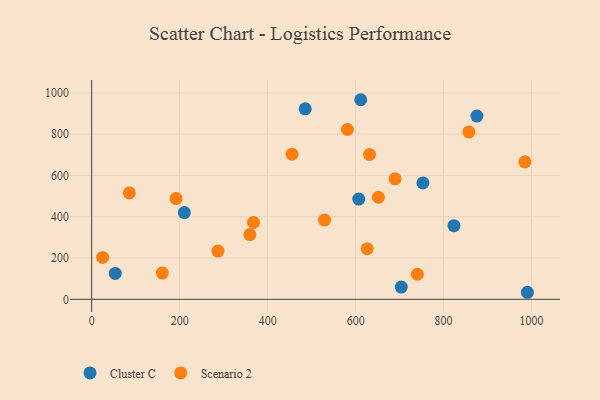
{"axis": {"x": "Investment", "y": "Demand"}, "legend": ["Cluster C", "Scenario 2"], "data": [{"x": "611.6", "y": 967.0, "type": "Cluster C"}, {"x": "210.7", "y": 420.1, "type": "Cluster C"}, {"x": "753.0", "y": 563.7, "type": "Cluster C"}, {"x": "990.4", "y": 34.1, "type": "Cluster C"}, {"x": "823.5", "y": 356.8, "type": "Cluster C"}, {"x": "607.1", "y": 485.6, "type": "Cluster C"}, {"x": "703.8", "y": 59.3, "type": "Cluster C"}, {"x": "875.7", "y": 888.0, "type": "Cluster C"}, {"x": "53.7", "y": 125.6, "type": "Cluster C"}, {"x": "485.4", "y": 923.0, "type": "Cluster C"}, {"x": "191.8", "y": 488.0, "type": "Scenario 2"}, {"x": "455.5", "y": 703.0, "type": "Scenario 2"}, {"x": "24.9", "y": 202.8, "type": "Scenario 2"}, {"x": "740.4", "y": 121.5, "type": "Scenario 2"}, {"x": "984.8", "y": 666.2, "type": "Scenario 2"}, {"x": "359.6", "y": 313.6, "type": "Scenario 2"}, {"x": "689.8", "y": 583.6, "type": "Scenario 2"}, {"x": "287.0", "y": 233.5, "type": "Scenario 2"}, {"x": "367.9", "y": 372.6, "type": "Scenario 2"}, {"x": "631.6", "y": 701.6, "type": "Scenario 2"}, {"x": "85.7", "y": 515.3, "type": "Scenario 2"}, {"x": "581.4", "y": 822.8, "type": "Scenario 2"}, {"x": "651.8", "y": 494.6, "type": "Scenario 2"}, {"x": "160.6", "y": 126.9, "type": "Scenario 2"}, {"x": "857.4", "y": 810.8, "type": "Scenario 2"}, {"x": "529.3", "y": 384.0, "type": "Scenario 2"}, {"x": "626.3", "y": 245.0, "type": "Scenario 2"}]}